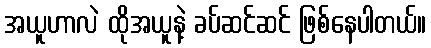
အယူဟာလဲ ထိုအယူနဲ့ ခပ်ဆင်ဆင် ဖြစ်နေပါတယ်။